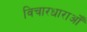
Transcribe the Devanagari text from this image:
विचारधाराओँ